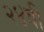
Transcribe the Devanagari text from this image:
२४वी